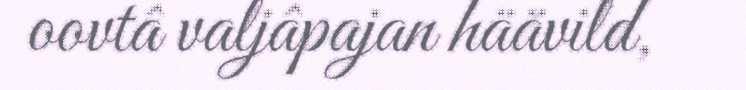
oovtâ valjâpajan häävild,